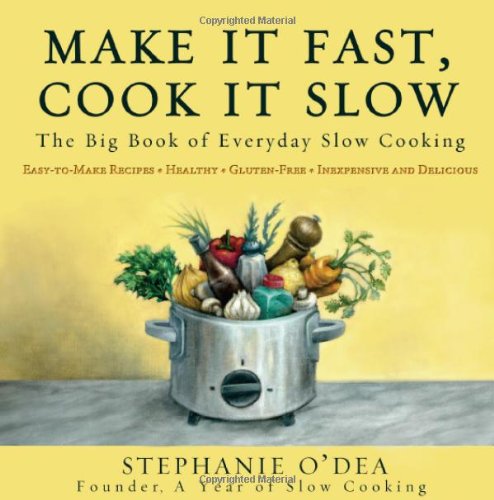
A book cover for Make It Fast, Cook It Slow: The Big Book of Everyday Slow Cooking; Stephanie O'Dea; Cookbooks, Food & Wine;